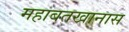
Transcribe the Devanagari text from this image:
महाबतखानास